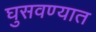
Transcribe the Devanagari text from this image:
घुसवण्यात